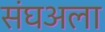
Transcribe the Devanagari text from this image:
संघअला